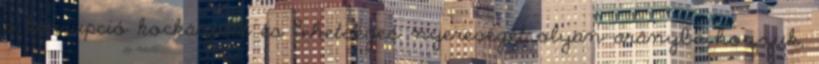
a korrupció kockázatát és lehetséges nyereségét olyan arányba hozzuk,